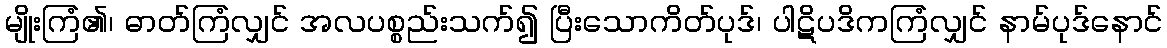
မျိုးကြံ၏၊ ဓာတ်ကြံလျှင် အလပစ္စည်းသက်၍ ပြီးသောကိတ်ပုဒ်၊ ပါဋိပဒိကကြံလျှင် နာမ်ပုဒ်နောင်